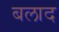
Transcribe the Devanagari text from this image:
बलाद